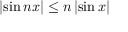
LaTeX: | \! \sin n x | \leq n \, | \! \sin x |